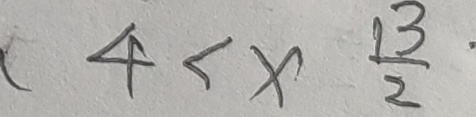
4 < x \frac { 1 3 } { 2 }